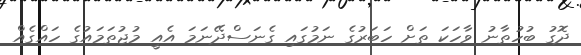
ދޮގު ބުހުތާނު ވާހަކަ ތަށް ހަބަރުގެ ނަމުގައި ގެނަސްދޭނަމަ އެއީ މުޖުތަމައުގެ ހައްގެއް